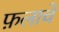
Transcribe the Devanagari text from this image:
फ़लाचे